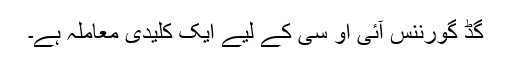
گڈ گورننس آئی او سی کے لیے ایک کلیدی معاملہ ہے۔